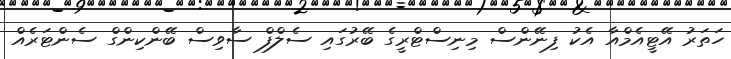
ހަތަރު އޭޓީއެމްއާ އެކު ފިނޭންސް މިނިސްޓްރީގެ ބޭރުގައި ސެލްފް ސާވިސް ބޭންކިންގް ސެންޓަރެއް